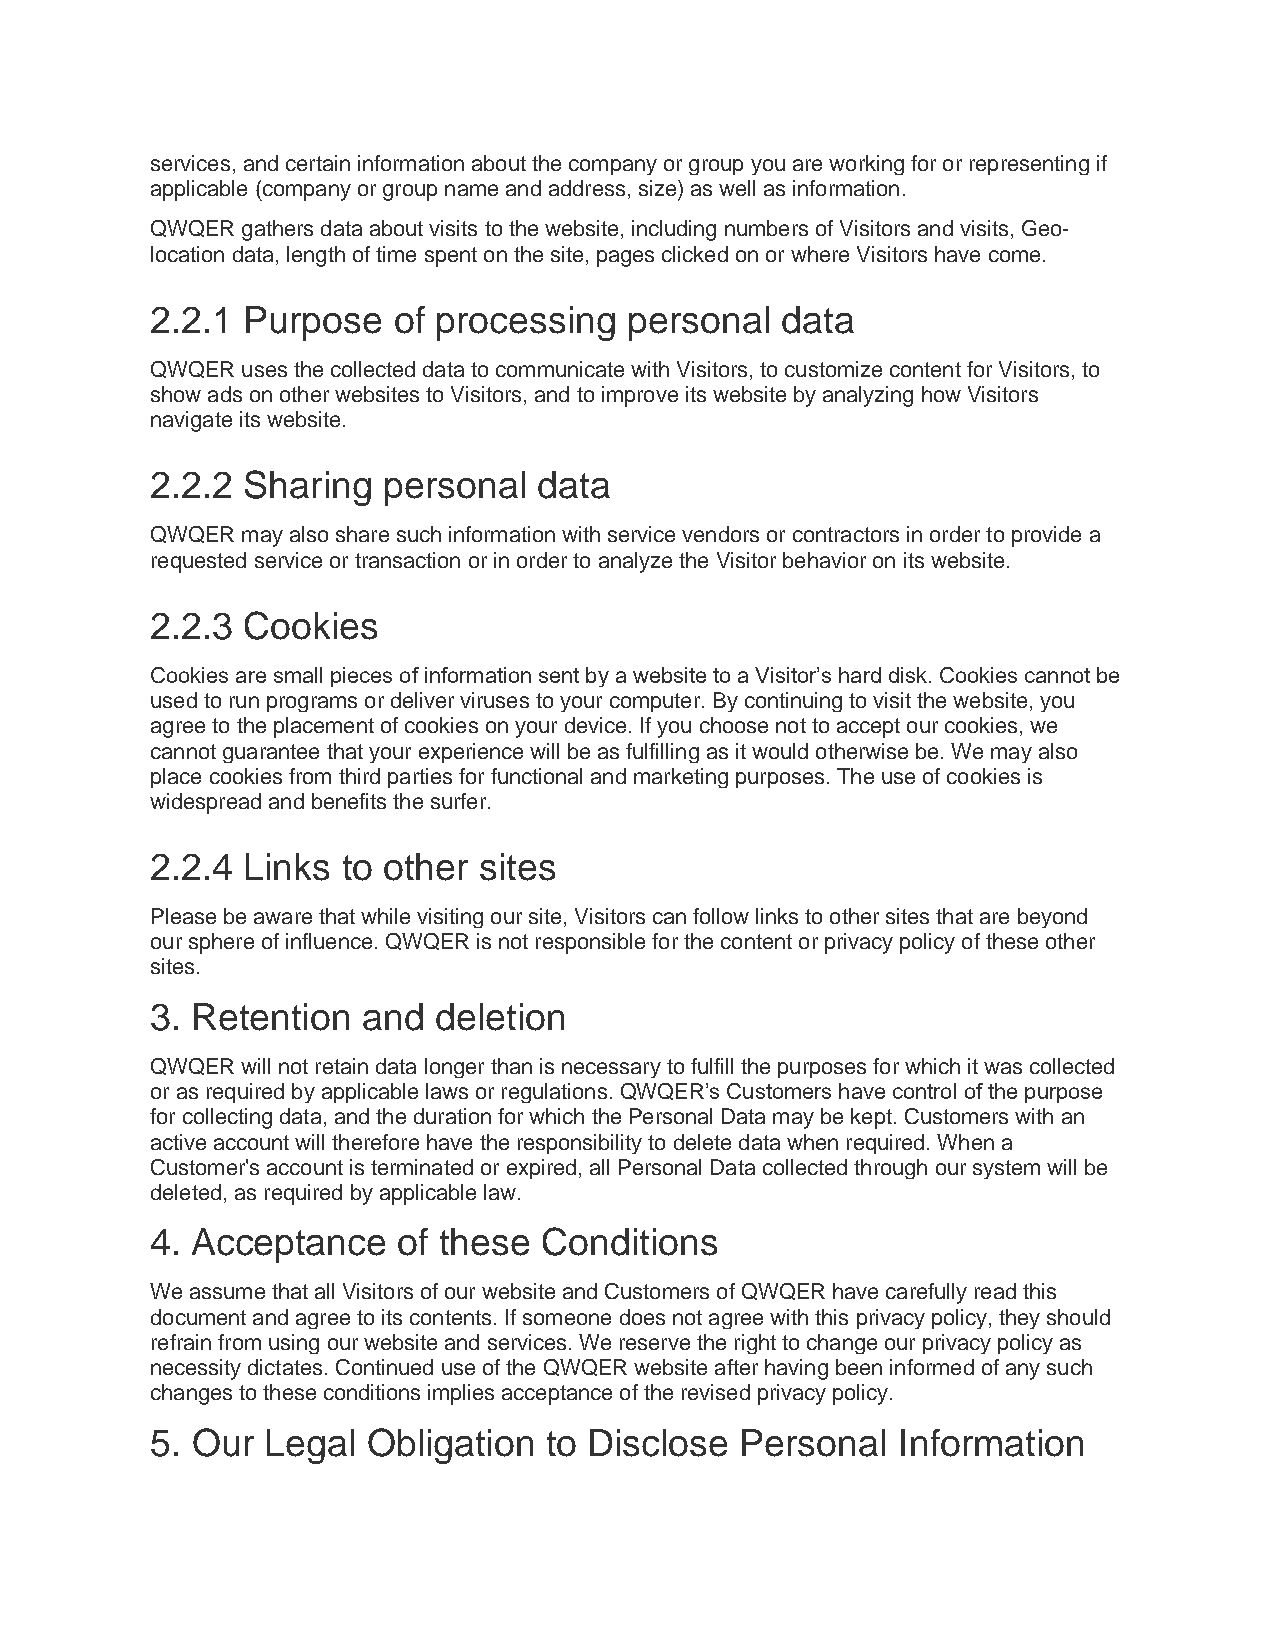
services, and certain information about the company or group you are working for or representing if
 applicable (company or group name and address, size) as well as information.
 QWQER gathers data about visits to the website, including numbers of Visitors and visits, Geo-
 location data, length of time spent on the site, pages clicked on or where Visitors have come.
 2.2.1 Purpose   of processing   personal  data
 QWQER uses the collected data to communicate with Visitors, to customize content for Visitors, to
 show ads on other websites to Visitors, and to improve its website by analyzing how Visitors
 navigate its website.
 2.2.2 Sharing  personal   data
 QWQER may also share such information with service vendors or contractors in order to provide a
 requested service or transaction or in order to analyze the Visitor behavior on its website.
 2.2.3 Cookies
 Cookies are small pieces of information sent by a website to a Visitor’s hard disk. Cookies cannot be
 used to run programs or deliver viruses to your computer. By continuing to visit the website, you
 agree to the placement of cookies on your device. If you choose not to accept our cookies, we
 cannot guarantee that your experience will be as fulfilling as it would otherwise be. We may also
 place cookies from third parties for functional and marketing purposes. The use of cookies is
 widespread and benefits the surfer.
 2.2.4 Links  to other sites
 Please be aware that while visiting our site, Visitors can follow links to other sites that are beyond
 our sphere of influence. QWQER is not responsible for the content or privacy policy of these other
 sites.
 3. Retention  and  deletion
 QWQER will not retain data longer than is necessary to fulfill the purposes for which it was collected
 or as required by applicable laws or regulations. QWQER’s Customers have control of the purpose
 for collecting data, and the duration for which the Personal Data may be kept. Customers with an
 active account will therefore have the responsibility to delete data when required. When a
 Customer's account is terminated or expired, all Personal Data collected through our system will be
 deleted, as required by applicable law.
 4. Acceptance   of these  Conditions
 We assume that all Visitors of our website and Customers of QWQER have carefully read this
 document and agree to its contents. If someone does not agree with this privacy policy, they should
 refrain from using our website and services. We reserve the right to change our privacy policy as
 necessity dictates. Continued use of the QWQER website after having been informed of any such
 changes to these conditions implies acceptance of the revised privacy policy.
 5. Our  Legal Obligation  to Disclose  Personal  Information